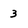
Character: 3